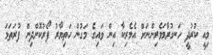
މިއީ ކުރުދީ ހަނގުރާމަވެރިންނަށް އެމެރިކާ އިން ވައިގެ މަގުން ހަތިޔާރު ފޯރުކޮށްދިން ފުރަތަމަ